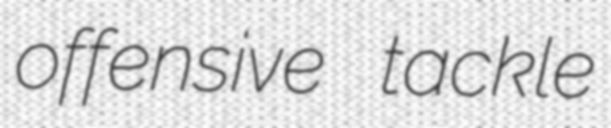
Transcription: offensive tackle